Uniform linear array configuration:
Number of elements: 8
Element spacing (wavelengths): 0.5
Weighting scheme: hamming
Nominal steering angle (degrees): -60
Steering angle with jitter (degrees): -59.177
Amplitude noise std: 0.05
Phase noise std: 0.05

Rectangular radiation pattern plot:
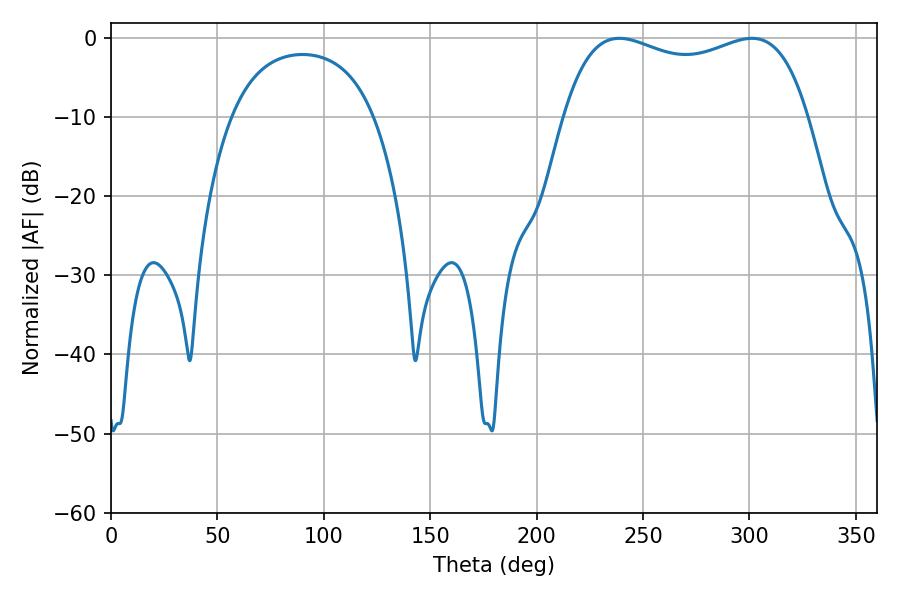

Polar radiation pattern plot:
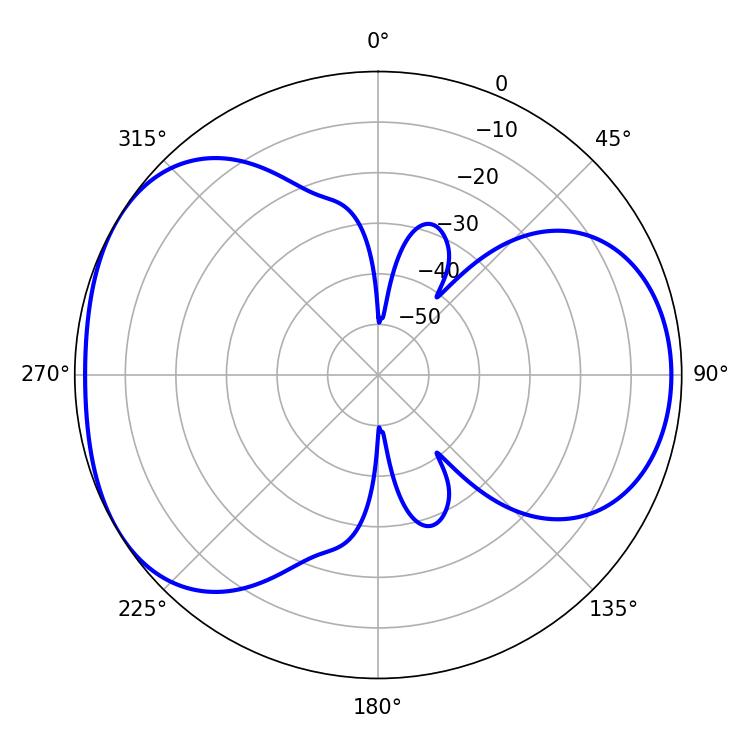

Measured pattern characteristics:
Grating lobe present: FALSE
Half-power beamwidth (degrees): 94.32
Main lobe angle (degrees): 238.86